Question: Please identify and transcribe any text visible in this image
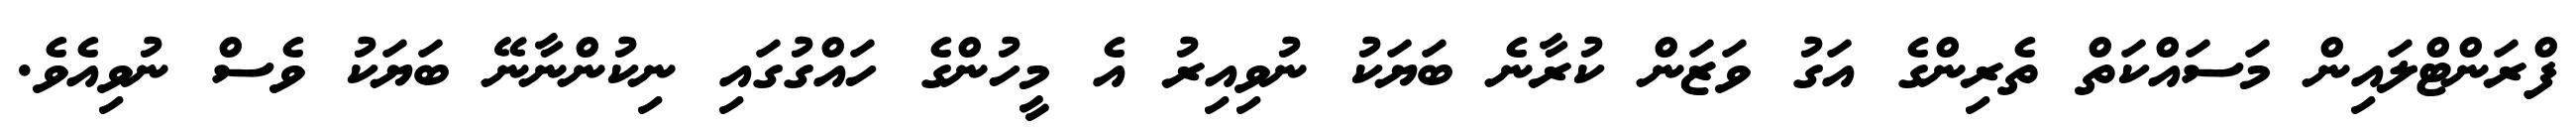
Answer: ފްރަންޓްލައިން މަސައްކަތް ތެރިންގެ އަގު ވަޒަން ކުރާނެ ބަޔަކު ނުވިއިރު އެ މީހުންގެ ހައްގުގައި ނިކުންނާނޭ ބަޔަކު ވެސް ނުވިއެވެ.